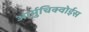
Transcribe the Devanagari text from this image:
आर्मुचिक्वोईस